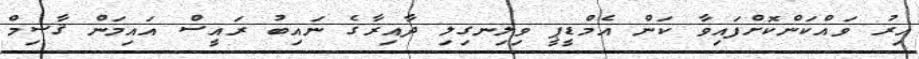
އިރު ވައްކަންކޮށްފައިވާ ކަން އެމްޑީޕީ ވިލިނގިލި ދާއިރާގެ ނައިބު ރައީސް އައިމަން ޤާސިމް